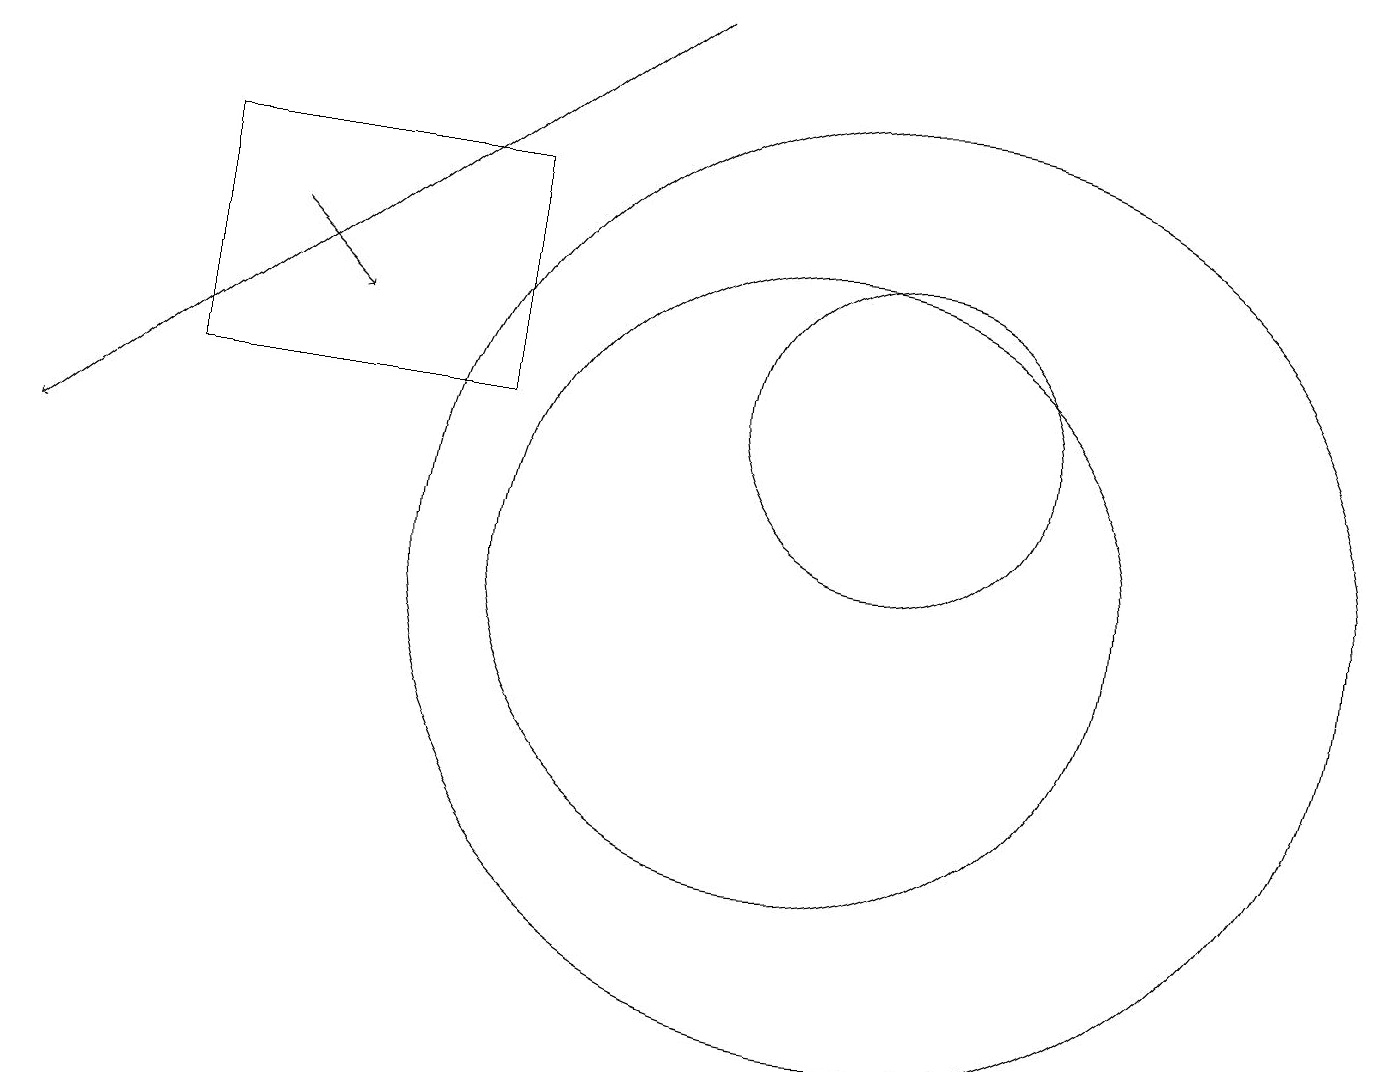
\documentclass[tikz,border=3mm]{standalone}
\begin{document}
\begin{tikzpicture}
\draw (11,10) circle (6);
\draw[->] (8,17) -- (0,11);
\draw (11,12) circle (2);
\draw[->] (3,14) -- (4,13);
\draw (6,15) rectangle (2,12);
\draw (10,10) circle (4);
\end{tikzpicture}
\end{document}